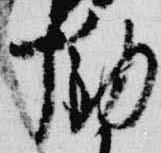
慟